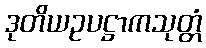
ဒုတိယဥပဋ္ဌာကသုတ္တံ